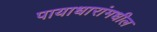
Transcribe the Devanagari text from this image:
पायाधारांमधील